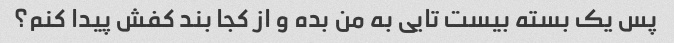
پس یک بسته بیست تایی به من بده و از کجا بند کفش پیدا کنم؟